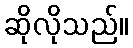
ဆိုလိုသည်။